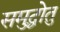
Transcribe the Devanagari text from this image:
समुद्धोतु